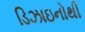
ડિઝાઇનોથી